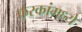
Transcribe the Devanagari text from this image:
फरकांमध्ये